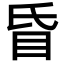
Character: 𥄇